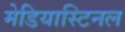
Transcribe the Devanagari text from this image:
मेडियास्टिनल